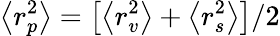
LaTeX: \left<r_{p}^{2}\right>=\left[\left<r_{v}^{2}\right>+\left<r_{s}^{2}\right>\right]/2